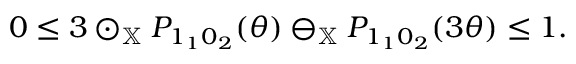
\begin{array} { r } { 0 \leq 3 \odot _ { \mathbb { X } } P _ { 1 _ { 1 } 0 _ { 2 } } ( \theta ) \ominus _ { \mathbb { X } } P _ { 1 _ { 1 } 0 _ { 2 } } ( 3 \theta ) \leq 1 . } \end{array}